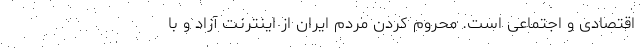
اقتصادی و اجتماعی است. محروم کردن مردم ایران از اینترنت آزاد و با